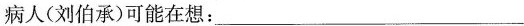
病人(刘伯承)可能在想：___